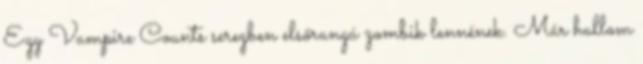
Egy Vampire Counts seregben elsőrangú zombik lennének. Már hallom